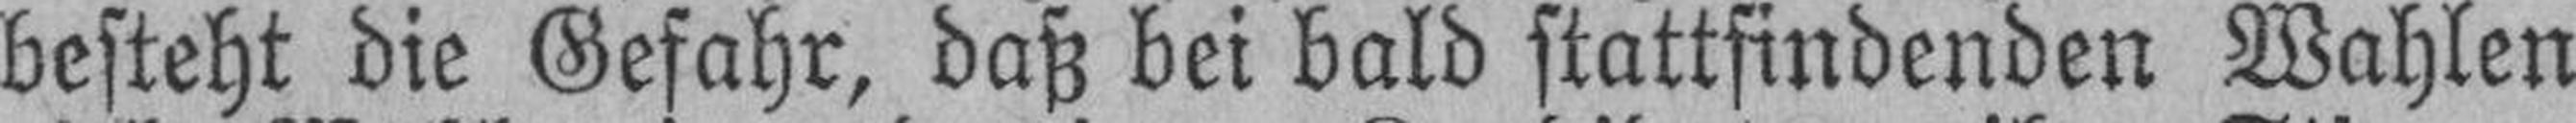
besteht die Gefahr, daß bei bald stattfindenden Wahlen